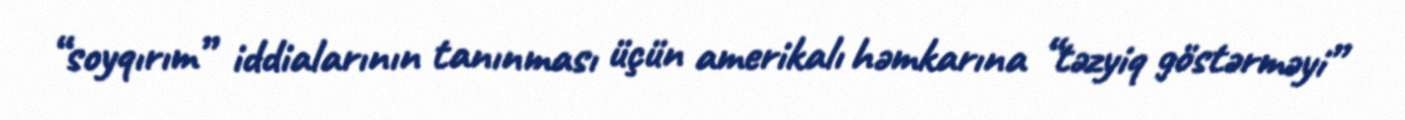
“soyqırım” iddialarının tanınması üçün amerikalı həmkarına “təzyiq göstərməyi”